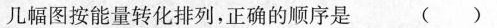
几幅图按能量转化排列，正确的顺序是 ()